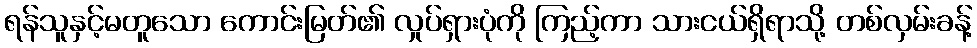
ရန်သူနှင့်မတူသော ကောင်းမြတ်၏ လှုပ်ရှားပုံကို ကြည့်ကာ သားငယ်ရှိရာသို့ တစ်လှမ်းခန့်